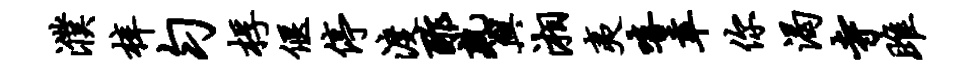
濮梓匀桴偃停渡酢熟兴湘夷嘻幸你渴寺雎